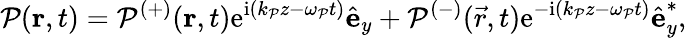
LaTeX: \mathcal{P}(\textbf{r},t)=\mathcal{P}^{(+)}(\textbf{r},t)\mathrm{e}^{\mathrm{i}\left(k_{\mathcal{P}}z-\omega_{\mathcal{P}}t\right)}\hat{\textbf{e}}_{y}+\mathcal{P}^{(-)}(\vec{r},t)\mathrm{e}^{-\mathrm{i}\left(k_{\mathcal{P}}z-\omega_{\mathcal{P}}t\right)}\hat{\textbf{e}}_{y}^{*},